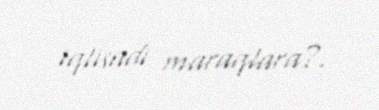
iqtisadi maraqlara?.